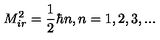
M _ { i r } ^ { 2 } = \frac { 1 } { 2 } \hbar n , n = 1 , 2 , 3 , . . .